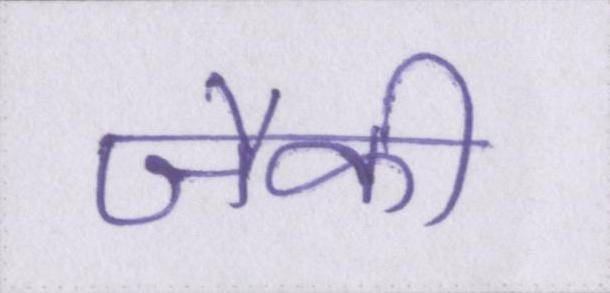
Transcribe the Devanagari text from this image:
जैकी